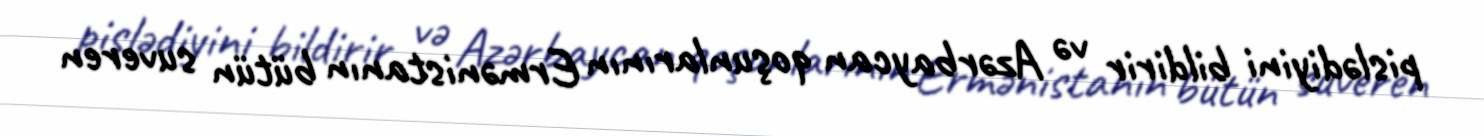
pislədiyini bildirir və Azərbaycan qoşunlarının Ermənistanın bütün suveren